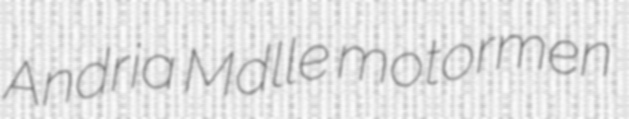
Andria Mdlle motormen